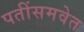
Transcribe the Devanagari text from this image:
पतींसमवेत